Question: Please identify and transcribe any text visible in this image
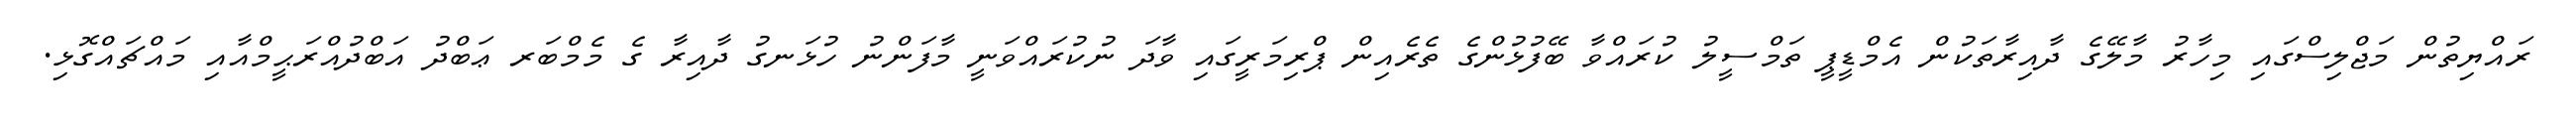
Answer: ރައްޔިތުން މަޖްލިސްގައި މިހާރު މާލޭގެ ދާއިރާތަކުން އެމްޑީޕީ ތަމްސީލު ކުރައްވާ ބޭފުޅުންގެ ތެރެއިން ޕްރިމަރީގައި ވާދަ ނުކުރައްވަނީ މާފަންނު ހުޅަނގު ދާއިރާ ގެ މެމްބަރ ޢަބްދު އަބްދުއްރަޙީމްއާއި މައްޗައްގޮޅި.